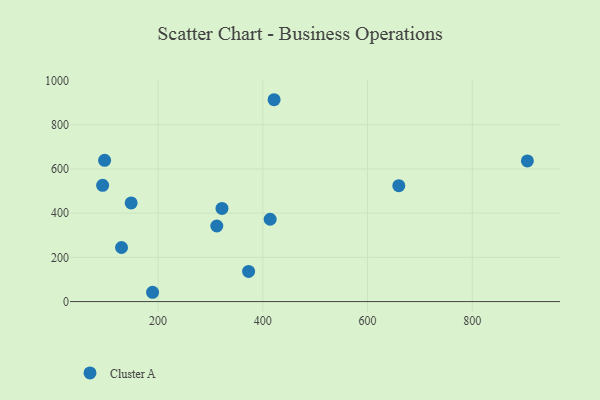
{"axis": {"x": "Speed", "y": "Profit"}, "legend": ["Cluster A"], "data": [{"x": "148.5", "y": 446.3, "type": "Cluster A"}, {"x": "97.8", "y": 638.8, "type": "Cluster A"}, {"x": "189.4", "y": 42.1, "type": "Cluster A"}, {"x": "414.0", "y": 372.4, "type": "Cluster A"}, {"x": "372.8", "y": 136.5, "type": "Cluster A"}, {"x": "130.1", "y": 244.6, "type": "Cluster A"}, {"x": "421.5", "y": 913.0, "type": "Cluster A"}, {"x": "94.0", "y": 525.8, "type": "Cluster A"}, {"x": "659.7", "y": 524.2, "type": "Cluster A"}, {"x": "322.0", "y": 421.5, "type": "Cluster A"}, {"x": "312.1", "y": 341.8, "type": "Cluster A"}, {"x": "905.3", "y": 636.3, "type": "Cluster A"}]}